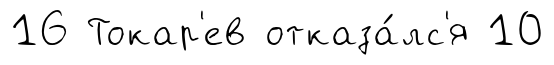
16 Токар'ев отказа́лс'я 10